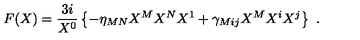
F ( X ) = { \frac { 3 i } { X ^ { 0 } } } \left\{ - \eta _ { M N } X ^ { M } X ^ { N } X ^ { 1 } + \gamma _ { M i j } X ^ { M } X ^ { i } X ^ { j } \right\} \ .